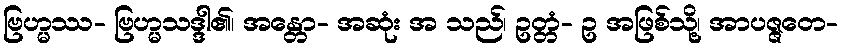
ဗြဟ္မဿ- ဗြဟ္မသဒ္ဒါ၏၊ အန္တော- အဆုံး အ သည်၊ ဥတ္တံ- ဥ အဖြစ်သို့၊ အာပဇ္ဇတေ-